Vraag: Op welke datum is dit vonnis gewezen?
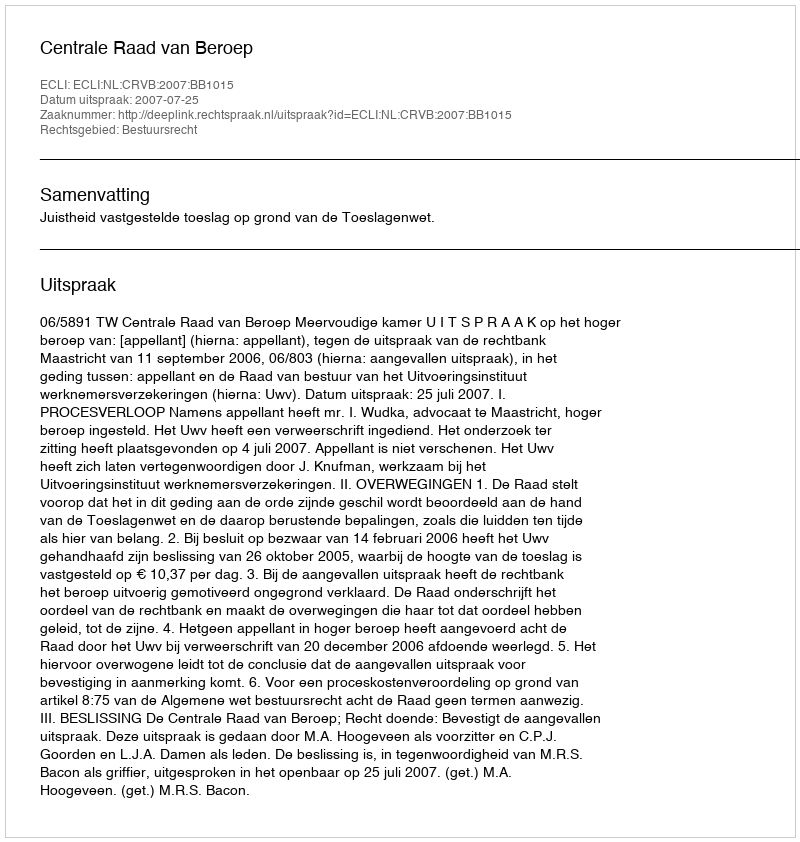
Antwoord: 2007-07-25